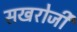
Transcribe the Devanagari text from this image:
सखरोजी